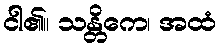
ငါ၏။ သန္တိကေ၊ အထံ